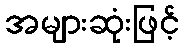
အများဆုံးဖြင့်